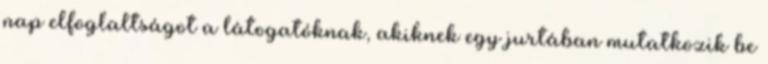
nap elfoglaltságot a látogatóknak, akiknek egy jurtában mutatkozik be